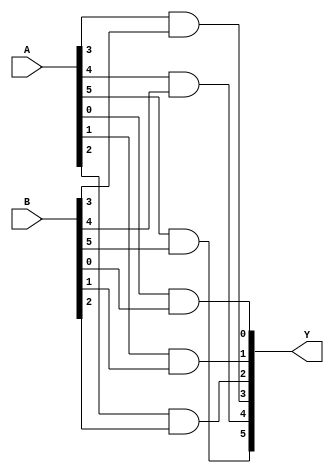
module MOD_AND_2x6b(
    input [5:0] A,
    input [5:0] B,
    output [5:0] Y
    );
    
    assign Y[0] = A[0] & B[0];
    assign Y[1] = A[1] & B[1];
    assign Y[2] = A[2] & B[2];
    assign Y[3] = A[3] & B[3];
    assign Y[4] = A[4] & B[4];
    assign Y[5] = A[5] & B[5];
    
endmodule